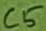
Text: C5